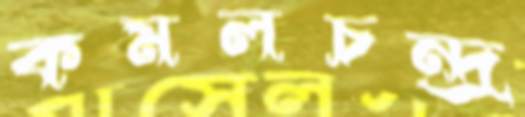
কমলচন্দ্র